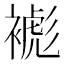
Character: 𧜺